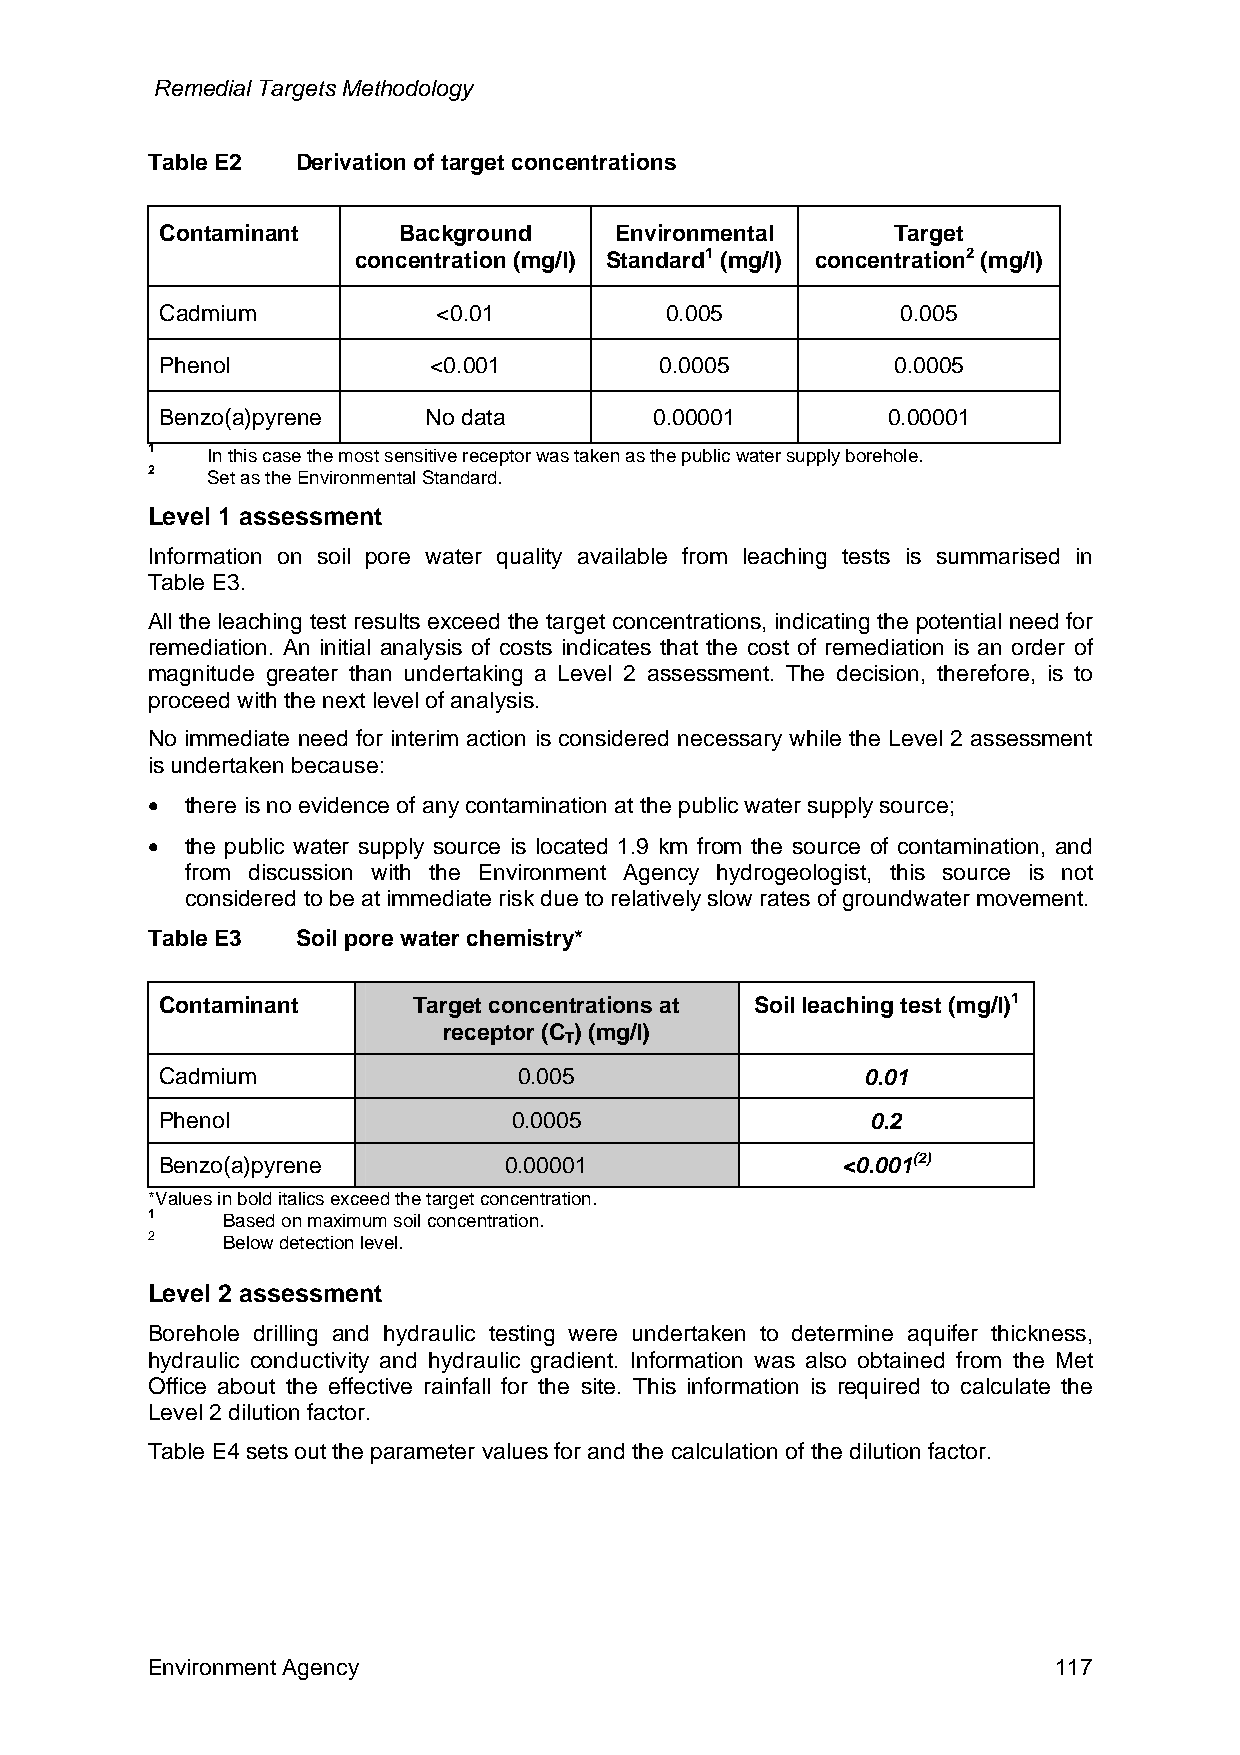
Remedial Targets Methodology
 Table E2  Derivation of target concentrations
 Contaminant    Background     Environmental     Target
 concentration (mg/l) Standard1 (mg/l) concentration2 (mg/l)
 Cadmium           <0.01          0.005           0.005
 Phenol           <0.001          0.0005         0.0005
 Benzo(a)pyrene   No data        0.00001         0.00001
 1   In this case the most sensitive receptor was taken as the public water supply borehole.
 2   Set as the Environmental Standard.
 Level 1 assessment
 Information on soil pore water quality available from leaching tests is summarised in
 Table E3.
 All the leaching test results exceed the target concentrations, indicating the potential need for
 remediation. An initial analysis of costs indicates that the cost of remediation is an order of
 magnitude greater than undertaking a Level 2 assessment. The decision, therefore, is to
 proceed with the next level of analysis.
 No immediate need for interim action is considered necessary while the Level 2 assessment
 is undertaken because:
 • there is no evidence of any contamination at the public water supply source;
 • the public water supply source is located 1.9 km from the source of contamination, and
 from discussion with the Environment Agency hydrogeologist, this source is not
 considered to be at immediate risk due to relatively slow rates of groundwater movement.
 Table E3  Soil pore water chemistry*
 Contaminant     Target concentrations at Soil leaching test (mg/l)1
 receptor (C ) (mg/l)
 T
 Cadmium                0.005                  0.01
 Phenol                 0.0005                  0.2
 Benzo(a)pyrene        0.00001                <0.001(2)
 *Values in bold italics exceed the target concentration.
 1    Based on maximum soil concentration.
 2    Below detection level.
 Level 2 assessment
 Borehole drilling and hydraulic testing were undertaken to determine aquifer thickness,
 hydraulic conductivity and hydraulic gradient. Information was also obtained from the Met
 Office about the effective rainfall for the site. This information is required to calculate the
 Level 2 dilution factor.
 Table E4 sets out the parameter values for and the calculation of the dilution factor.
 Environment Agency                                          117